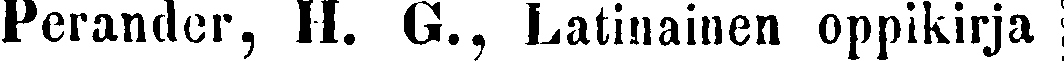
Perander, H. G., Latinainen oppikirja